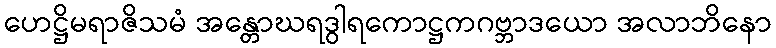
ဟေဋ္ဌိမရာဇိသမံ အန္တောဃရဒွါရကောဋ္ဌကဂဗ္ဘာဒယော အလာဘိနော